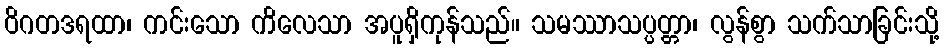
ဝိဂတဒရထာ၊ ကင်းသော ကိလေသာ အပူရှိကုန်သည်။ သမဿာသပ္ပတ္တာ၊ လွန်စွာ သက်သာခြင်းသို့